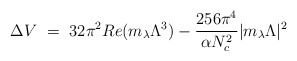
\begin{align*}\Delta V ~=~32 \pi^2 Re ( m_\lambda \Lambda^3) - {256 \pi^4 \over \alpha N_c^2} |m_\lambda \Lambda|^2\end{align*}